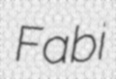
Fabi